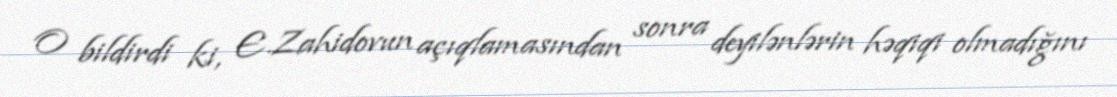
O bildirdi ki, E.Zahidovun açıqlamasından sonra deyilənlərin həqiqi olmadığını